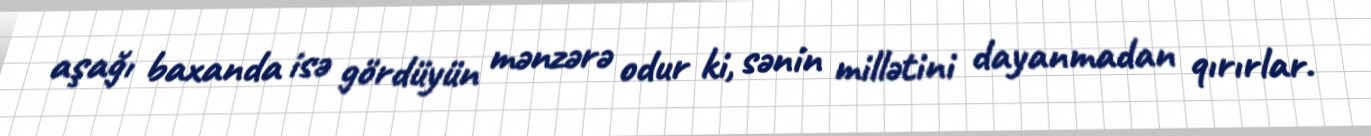
aşağı baxanda isə gördüyün mənzərə odur ki, sənin millətini dayanmadan qırırlar.